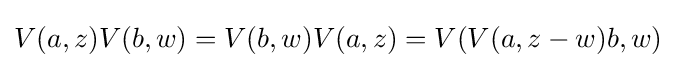
V(a,z)V(b,w)=V(b,w)V(a,z)=V(V(a,z-w)b,w)